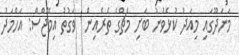
މަނަދޫގައި މިއަދު ކުޅެވުނު ބަށި މެޗްގެ ތެރެއިން  ވަގުތު އިމޭޖްސް: އަހްމަދު